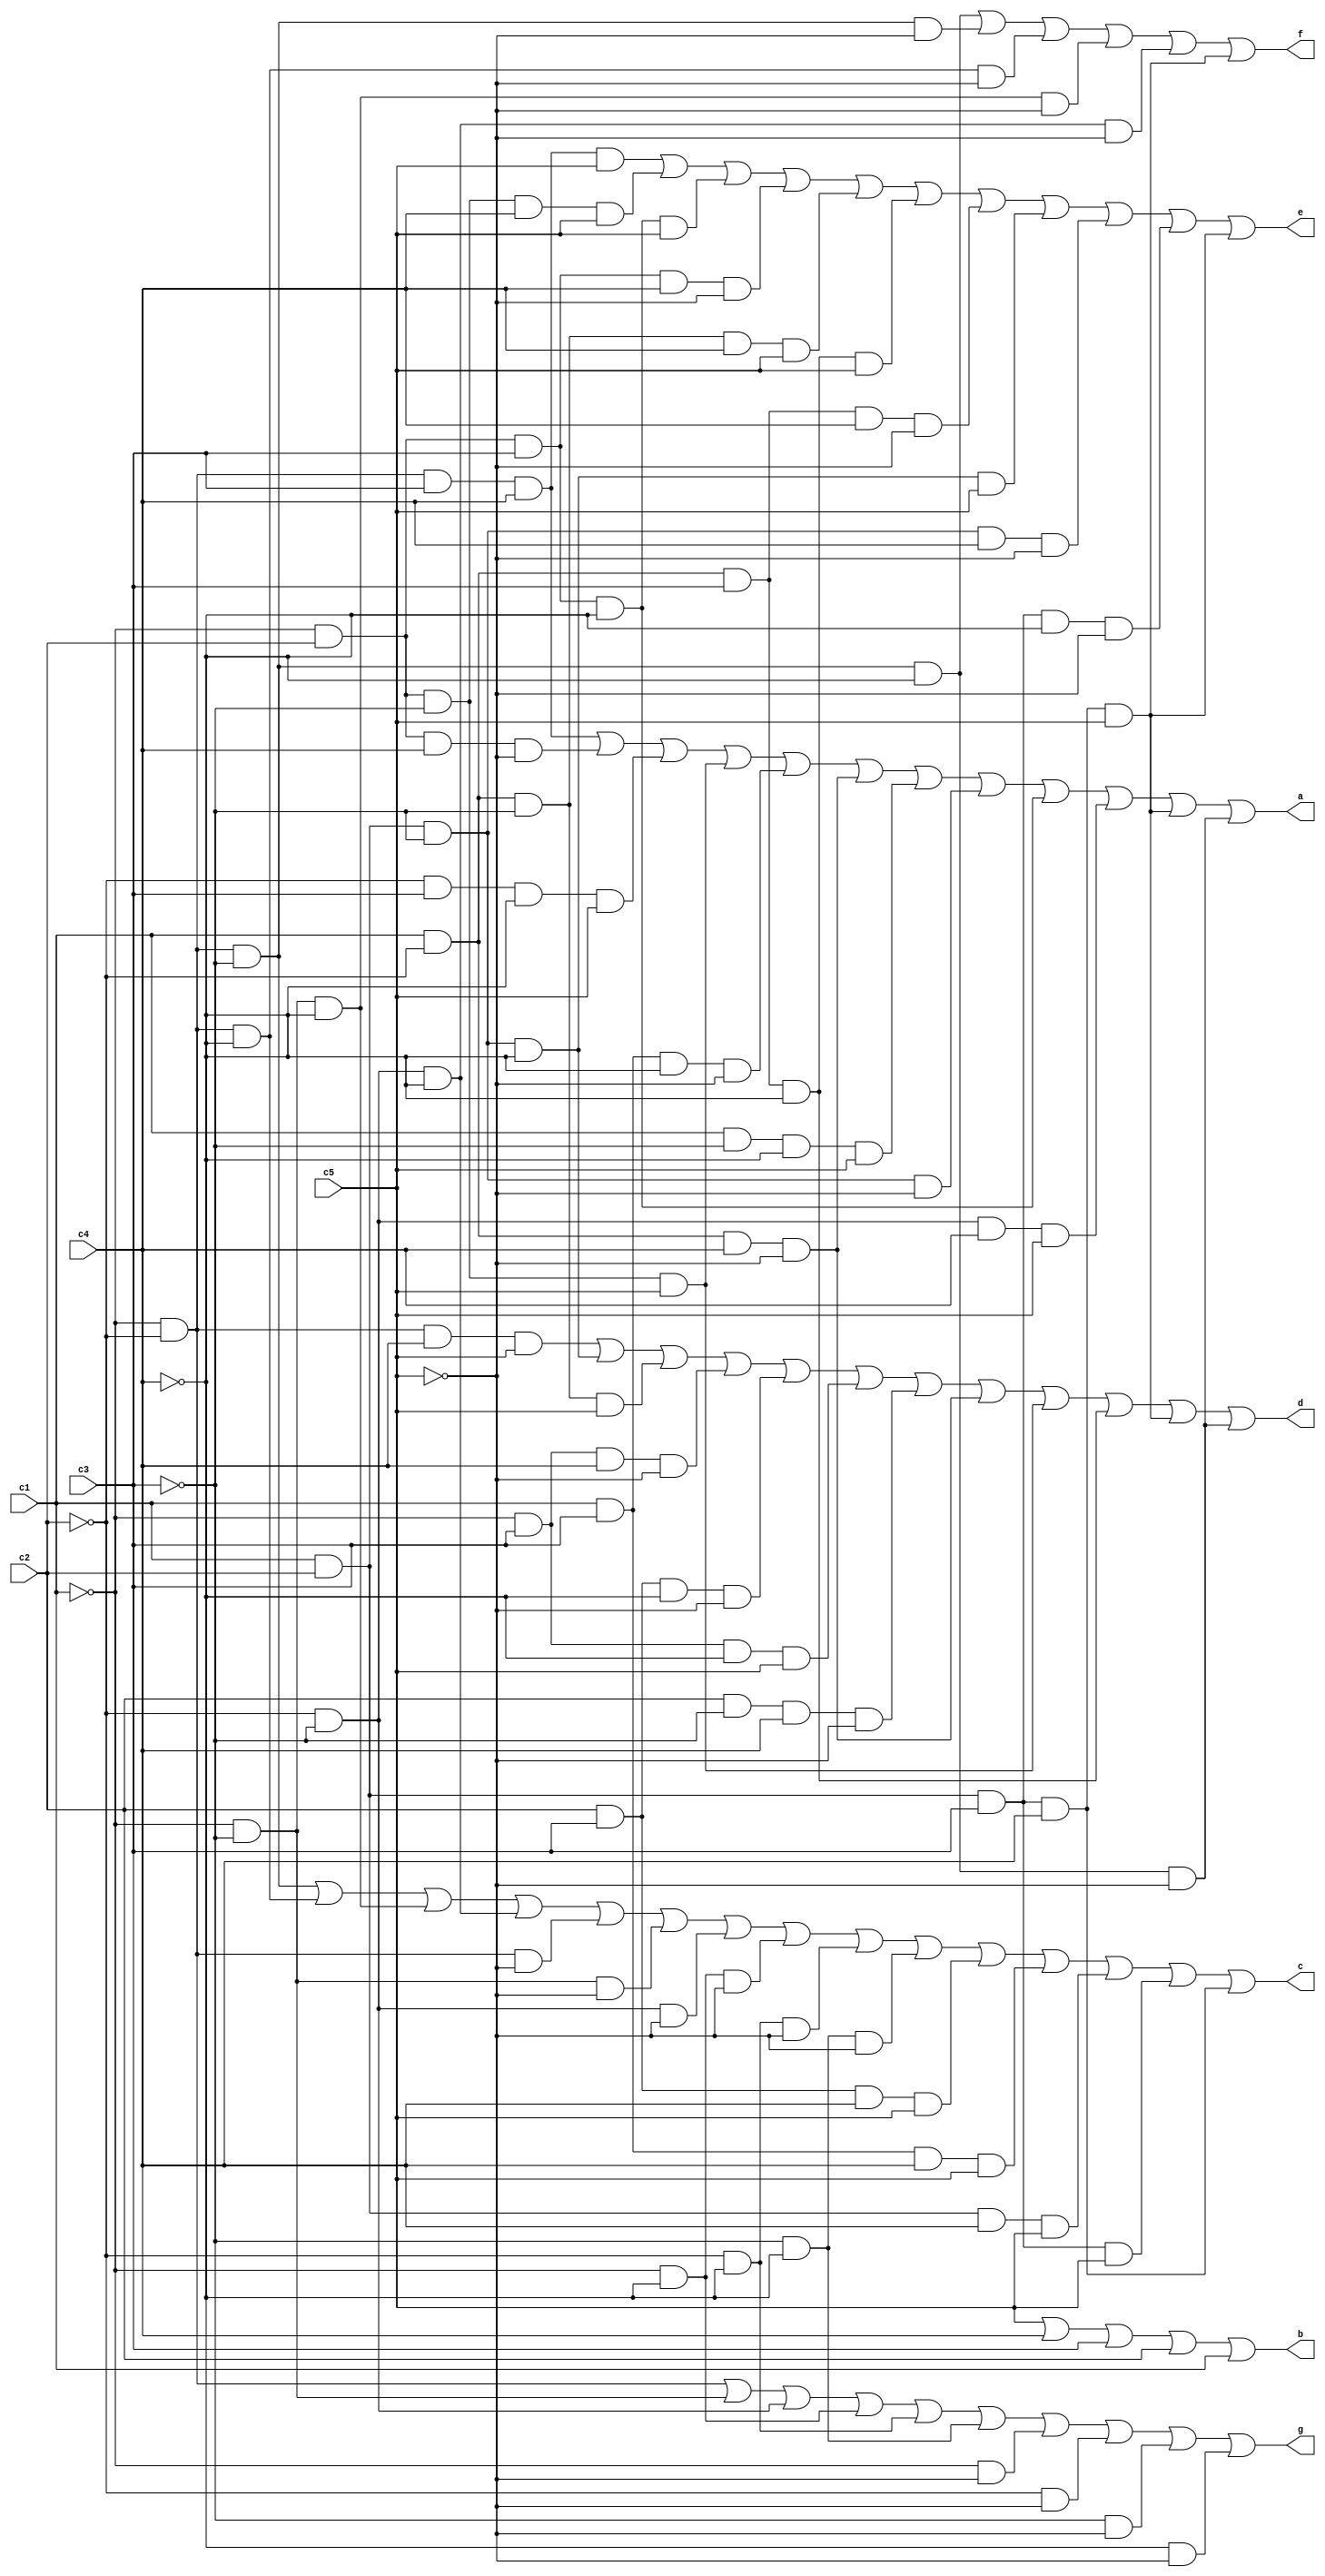
module display (

    input c1,
    input c2,
    input c3,
    input c4,
    input c5,

    output a,
    output b,
    output c,
    output d,
    output e,
    output f,
    output g
    
);

assign a = ((~c1) & (~c2) & c3 & c4)| ((~c1) & c2 & c4 & (~c5)) | ((~c2) & c3 & (~c4) & c5) | ((~c1) & c2 & (~c3) & c5) | (c1 & c3 & (~c4) & (~c5)) | (c1 & (~c2) & c4 & (~c5)) | (c1 & (~c3) &(~c4) & c5) | (c1 & c2 & (~c3) & (~c5)) | ((~c1) & c2 & c3 & (~c4)) | ((~c2) & (~c3) & c4 & c5) | (c1 & c2 & c3 & c4 & c5) | ((~c1) & (~c2) & (~c3) & (~c4) & (~c5));
assign b = (c5) | (c4) | (c3) | (c2) | (c1);
assign c = ((~c1) & (~c2) & (~c3)) | ((~c1) & (~c2) & (~c4)) | ((~c1) & (~c3) & (~c4)) | ((~c2) & (~c3) &(~c4)) | ((~c1) & (~c2) & (~c5)) | ((~c1) & (~c3) & (~c5)) | ((~c2) & (~c3) & (~c5)) | ((~c1) & (~c4) & (~c5)) | ((~c2) & (~c4) & (~c5)) | ((~c3) & (~c4) & (~c5)) | (c2 & c3 & c4 & c5) | (c1 & c3 & c4 & c5) | (c1 & c2 & c4 & c5) | (c1 & c2 & c3 & c5) | (c1 & c2 & c3 & c4);
assign d = ((~c1) & (~c2) & c4 & c5) | (c1 & c2 & (~c3) & (~c4)) | (c1 & (~c2) & (~c3) & c5) | ((~c1) & c3 & c4 & (~c5)) | (c2 & c3 & (~c4) & (~c5)) | ((~c1) & c3 & (~c4) & c5) | (c2 & (~c3) & c4 & (~c5)) | (c1 & (~c2) & c4 & (~c5)) | ((~c1) & c2 & (~c3) & c5) | (c1 & (~c2) & c3 & (~c4)) | (c1 & c2 & c3 & c4 & c5) | ((~c1) & (~c2) & (~c3) & (~c4) & (~c5));
assign e = ((~c1) & (~c2) & c3 & c4 & c5) | ((~c1) & c2 & (~c3) & c4 & c5) | ((~c1) & c2 & c3 & (~c4) & c5) | ((~c1) & c2 & c3 & c4 & (~c5)) | (c1 & (~c2) & (~c3) & c4 & c5) | (c1 & (~c2) & c3 & (~c4) & c5) | (c1 & (~c2) & c3 & c4 & (~c5)) | (c1 & c2 & (~c3) & (~c4) & c5) | (c1 & c2 & (~c3) & c4 & (~c5)) | (c1 & c2 & c3 & (~c4) & (~c5)) | (c1 & c2 & c3 & c4 & c5);
assign f = ((~c1) & (~c2) & (~c3) & (~c4)) | ((~c1) & (~c2) & (~c3) & (~c5)) | ((~c1) & (~c2) & (~c4) & (~c5)) | ((~c1) & (~c3) &(~c4) & (~c5)) | ((~c2) & (~c3) & (~c4) & (~c5)) | (c1 & c2 & c3 & c4 & c5);
assign g = ((~c1) & (~c2)) | ((~c1) & (~c3)) | ((~c2) & (~c3)) | ((~c1) & (~c4)) | ((~c2) & (~c4)) | ((~c3) & (~c4)) | ((~c1) & (~c5)) | ((~c2) & (~c5)) | ((~c3) & (~c5)) | ((~c4) & (~c5));


endmodule